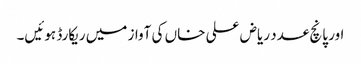
اور پانچ عدد ریاض علی خاں کی آواز میں ریکارڈ ہوئیں۔